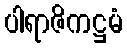
ပါရာဇိကဋ္ဌမံ